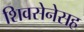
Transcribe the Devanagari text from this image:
शिवसेनेसह